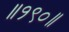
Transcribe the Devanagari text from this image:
॥१९०॥